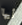
أيها